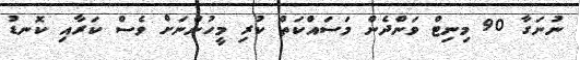
ނުނަގާ 90 މިނިޓް ވަންދެން މަސައްކަތް ކުރި މީހުންނަށް ވެސް ކަރާއި ކޮނޑު